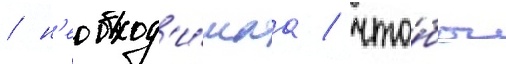
/ н'еобход'и́маа / что́бы